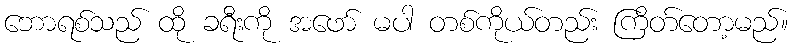
ဘောရစ်သည် ထို ခရီးကို အဖော် မပါ တစ်ကိုယ်တည်း ကြိတ်တော့မည်။